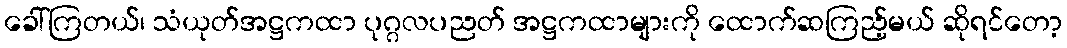
ခေါ်ကြတယ်၊ သံယုတ်အဋ္ဌကထာ ပုဂ္ဂလပညတ် အဋ္ဌကထာများကို ထောက်ဆကြည့်မယ် ဆိုရင်တော့